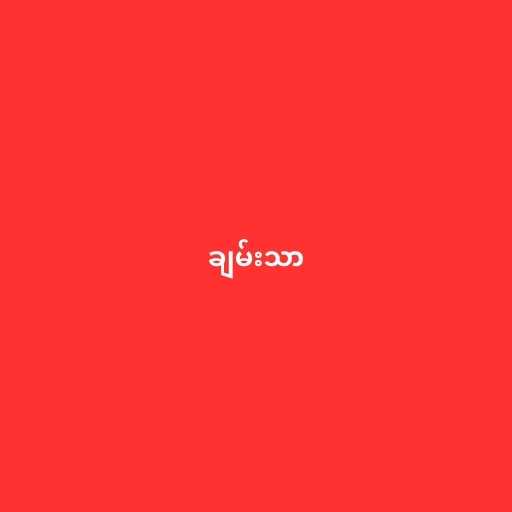
ချမ်းသာ